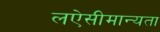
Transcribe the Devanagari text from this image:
लऐसीमान्यता